Civil Veterinary Dept. Bombay admin report 1923-31 - 1923-1931
Year: 1923
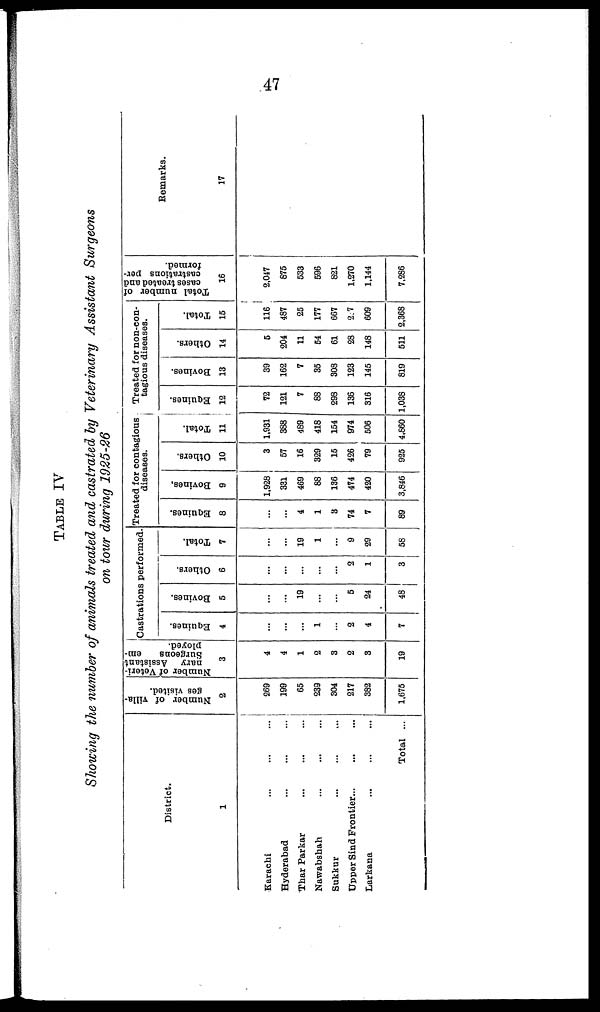
47
TABLE IV
Showing the number of animals treated and castrated by Veterinary Assistant Surgeons
on tour during 1925-26
District.
1
Karachi ... ... ...
Hyderabad ... ... ...
Thar Parkar ... ... ...
Nawabshah ... ... ...
Sukkur ... ... ...
Upper Sind Frontier... ... ...
Larkana ... ... ...
Total ...
Number of villa-
ges visited.
2
269
199
65
239
304
217
382
1,675
Number of Veteri-
nary Assistant
Surgeons
em-
ployed.
3
4
4
1
2
3
2
3
19
Castrations performed.
Equines.
4
...
...
...
1
...
2
4
7
Bovines.
5
...
...
19
...
...
5
24
48
Others.
6
...
...
...
...
...
2
1
3
Total.
7
...
...
19
1
...
9
29
58
Treated for contagious
diseases.
Equines.
8
...
...
4
1
3
74
7
89
Bovines,
9
1,928
331
469
88
136
474
420
3,846
Others.
10
3
57
16
329
15
426
79
925
Total.
11
1,931
388
489
418
154
974
506
4,860
Treated for non-con-
tagious diseases.
Equines.
12
72
121
7
88
298
136
316
1,038
Bovines.
13
39
162
7
35
308
123
145
819
Others.
14
6
204
11
54
61
28
148
511
Total.
15
116
487
25
177
667
257
609
2,368
Total number of
cases treated and
castrations per-
formed.
16
2,047
875
533
596
821
1,270
1,144
7,286
Remarks.
17